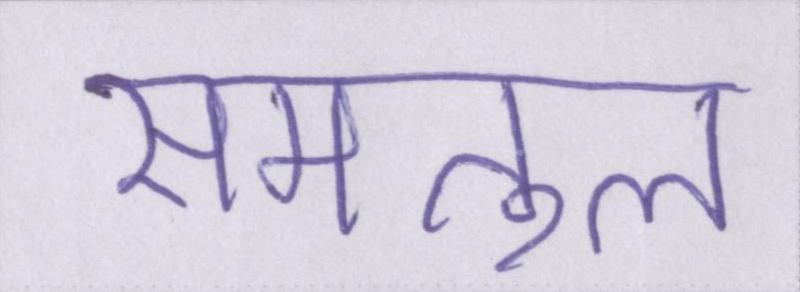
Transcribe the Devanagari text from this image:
समतुल